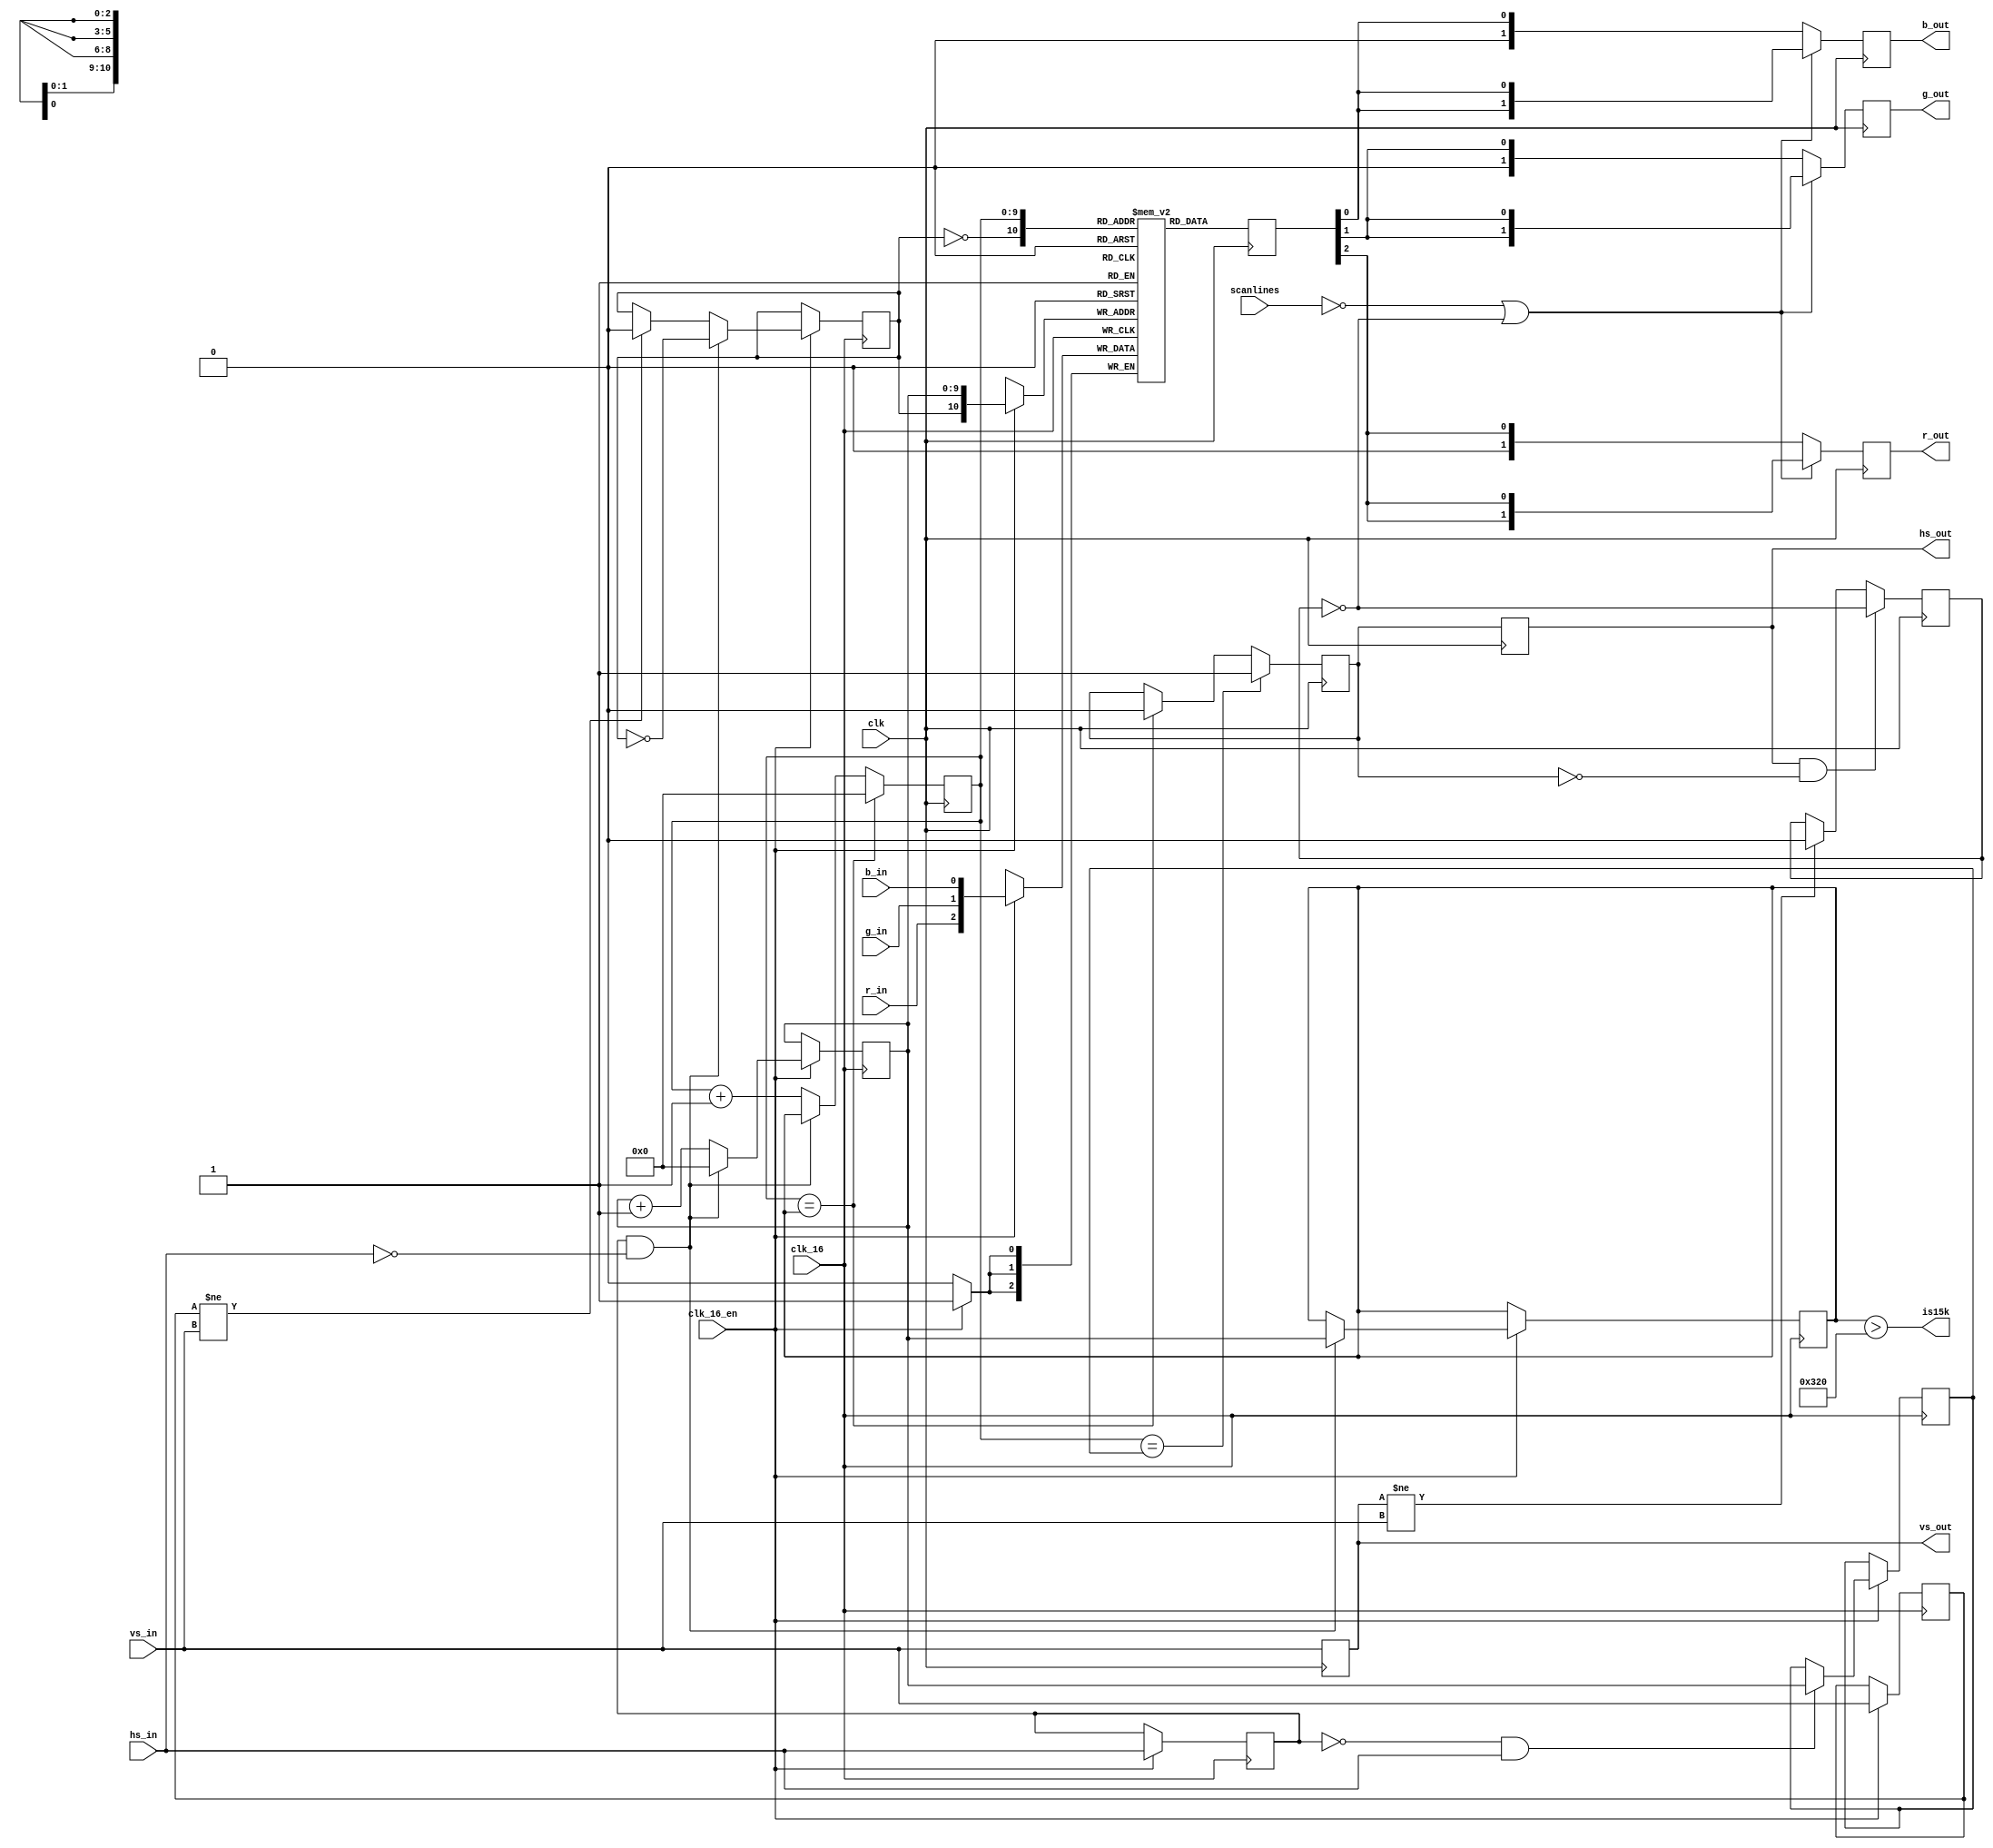
module mist_scandoubler (
  input 	   clk,     
  input        clk_16,  
  input		   clk_16_en,
  input        scanlines,
  input 	   hs_in,
  input 	   vs_in,
  input  	r_in,
  input  	g_in,
  input  	b_in,
  output reg      hs_out,
  output reg 	   vs_out,
  output reg [1:0] r_out,
  output reg [1:0] g_out,
  output reg [1:0] b_out,
  output 	   is15k
);
reg [2:0]  sd_out;
reg scanline;
always @(posedge clk) begin
   hs_out <= hs_sd;
   vs_out <= vs_in;
   if(vs_out != vs_in)
     scanline <= 1'b0;
    if(hs_out && !hs_sd)
         scanline <= !scanline;
	 if(!scanlines || !scanline) begin
		r_out <= { sd_out[2], sd_out[2] };
		g_out <= { sd_out[1], sd_out[1] };
		b_out <= { sd_out[0], sd_out[0] };
	end else begin
		r_out <= { 1'b0, sd_out[2] };
		g_out <= { 1'b0, sd_out[1] };
		b_out <= { 1'b0, sd_out[0] };
	end
end
reg [2:0] sd_buffer [2047:0];
reg vsD;
reg line_toggle;
always @(negedge clk_16) begin
	if (clk_16_en) begin 
   vsD <= vs_in;
   if(vsD != vs_in) 
     line_toggle <= 1'b0;
   if(hsD && !hs_in) 
     line_toggle <= !line_toggle;
	end
end
always @(negedge clk_16) begin 
	if (clk_16_en) begin 
		sd_buffer[{line_toggle, hcnt}] <= { r_in, g_in, b_in };
	end
 end
assign is15k = hs_max > (16000000/20000);
reg [9:0] hs_max;
reg [9:0] hs_rise;
reg [9:0] hcnt;
reg hsD;
always @(negedge clk_16) begin
   if (clk_16_en) begin 
	   hsD <= hs_in;
	   if(hsD && !hs_in) begin
		  hs_max <= hcnt;
		  hcnt <= 10'd0;
	   end else
		 hcnt <= hcnt + 10'd1;
	   if(!hsD && hs_in)
		 hs_rise <= hcnt;
	end
end
reg [9:0] sd_hcnt;
reg hs_sd;
always @(posedge clk) begin
   sd_hcnt <= sd_hcnt + 10'd1;
   if(hsD && !hs_in)     sd_hcnt <= hs_max;
   if(sd_hcnt == hs_max) sd_hcnt <= 10'd0;
   if(sd_hcnt == hs_max)  hs_sd <= 1'b0;
   if(sd_hcnt == hs_rise) hs_sd <= 1'b1;
   sd_out <= sd_buffer[{~line_toggle, sd_hcnt}];
end
endmodule